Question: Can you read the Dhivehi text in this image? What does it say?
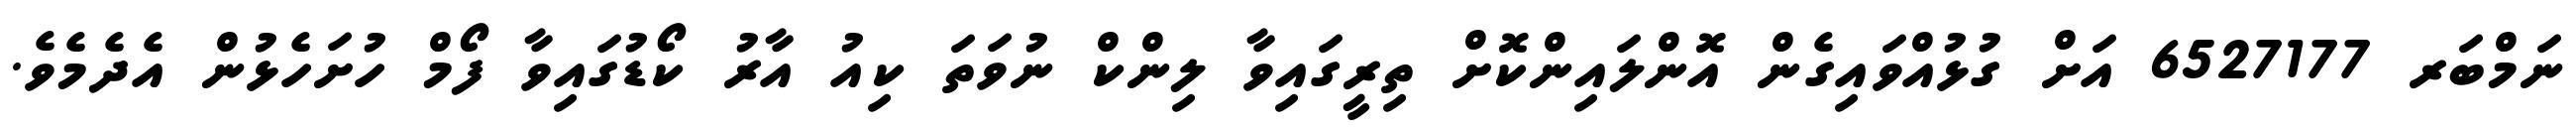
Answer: ނަމްބަރ 6527177 އަށް ގުޅުއްވައިގެން އޮންލައިންކޮށް ތިރީގައިވާ ލިންކް ނުވަތަ ކިއު އާރު ކޯޑުގައިވާ ފޯމް ހުށަހެޅުން އެދެމެވެ.